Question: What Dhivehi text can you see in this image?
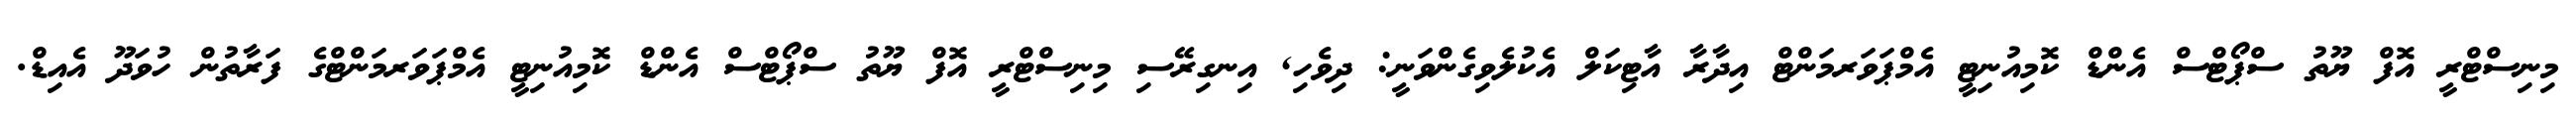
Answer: މިނިސްޓްރީ އޮފް ޔޫތު ސްޕޯޓްސް އެންޑް ކޮމިއުނިޓީ އެމްޕަވަރމަންޓް އިދާރާ އާޓިކަލް އެކުލެވިގެންވަނީ: ދިވެހި, އިނގިރޭސި މިނިސްޓްރީ އޮފް ޔޫތު ސްޕޯޓްސް އެންޑް ކޮމިއުނިޓީ އެމްޕަވަރމަންޓްގެ ފަރާތުން ހުވަދޫ އެއިޑް.